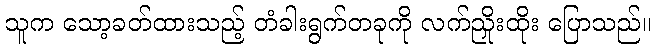
သူက သော့ခတ်ထားသည့် တံခါးရွက်တခုကို လက်ညှိုးထိုး ပြောသည်။